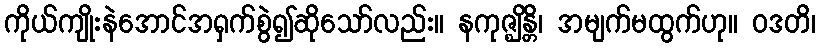
ကိုယ်ကျိုးနဲအောင်အရှက်စွဲ၍ဆိုသော်လည်း။ နကုဇ္ဈိန္တိ၊ အမျက်မထွက်ဟု။ ဝဒတိ၊